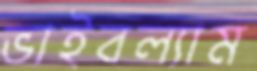
ভাইবল্যাম